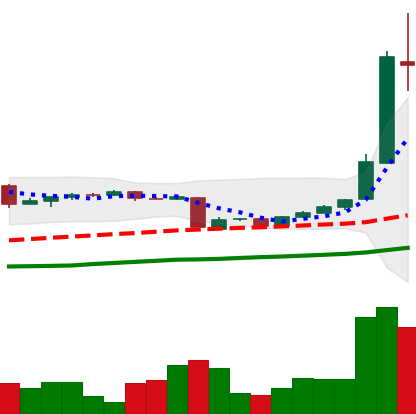
Ticker: BTC-USD
Chart end date: 2016-05-29
Forward return: 8.164%
Label: up_7plus